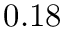
0 . 1 8